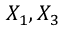
X _ { 1 } , X _ { 3 }